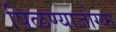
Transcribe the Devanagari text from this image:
पिळण्याजोग्या